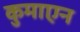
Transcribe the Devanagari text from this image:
कुमाएन